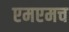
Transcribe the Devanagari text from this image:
एमएमच